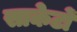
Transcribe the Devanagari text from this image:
साकेटों